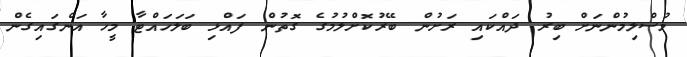
މުސްލިމުންނަށް ބިރު ދައްކައި ރަށުން ބޭރުކޮށްލުމުގެ ގޮތުން ފައްޅި ބަލަހައްޓާ މީހާ އަންގައިގެން